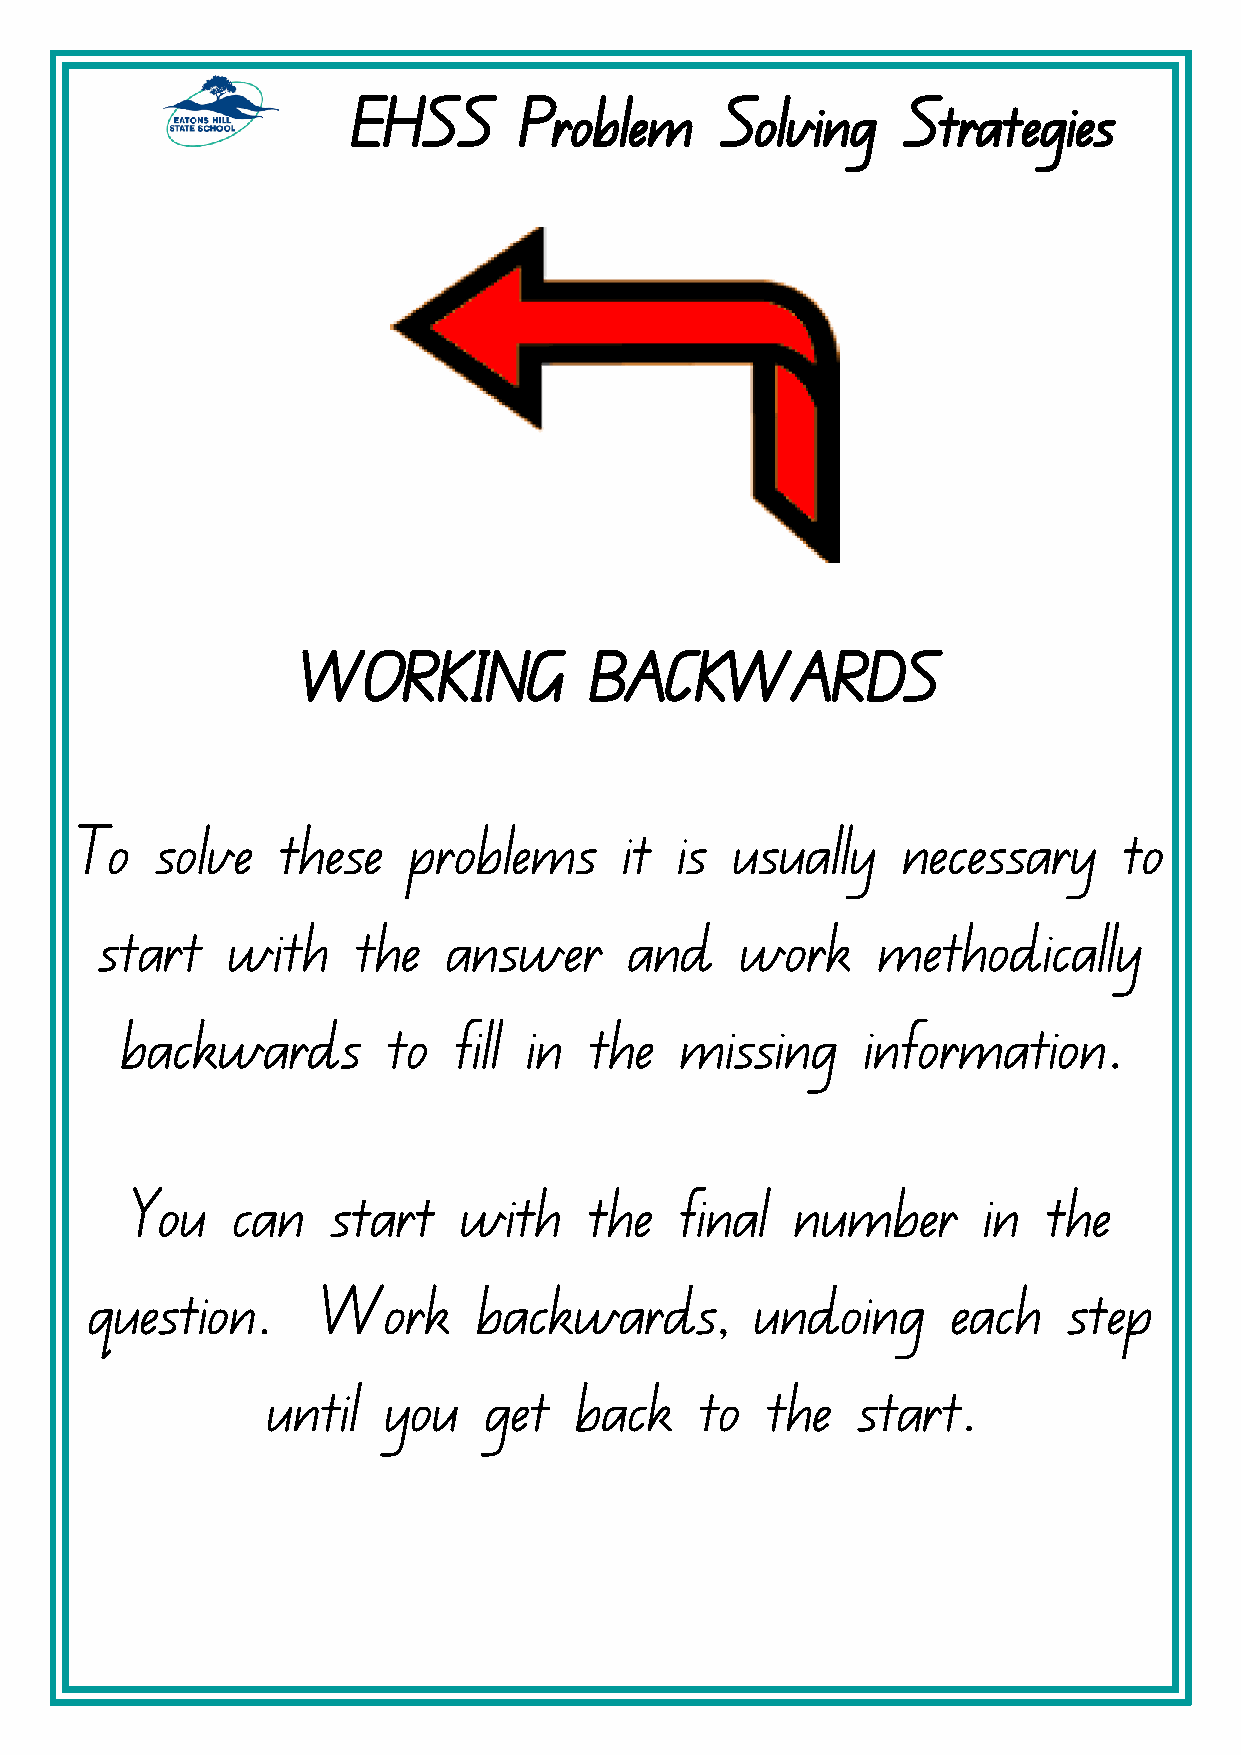
EHSS       Problem       Solving     Strategies
 WORKING            BACKWARDS
 To   solve   these    problems      it  is usually     necessary     to
 start   with     the   answer      and    work     methodically
 backwards         to  fill in  the   missing     information.
 You   can    start   with     the   final   number      in  the
 question.      Work       backwards,        undoing      each    step
 until  you    get   back    to   the   start.